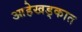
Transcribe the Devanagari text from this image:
आहेखड्कात